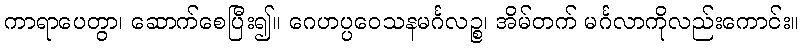
ကာရာပေတွာ၊ ဆောက်စေပြီး၍။ ဂေဟပ္ပဝေသနမင်္ဂလဉ္စ၊ အိမ်တက် မင်္ဂလာကိုလည်းကောင်း။